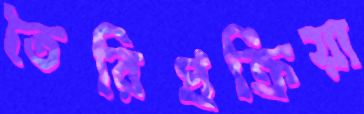
তৈরিপ্রক্রিয়া